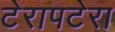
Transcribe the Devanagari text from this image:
टेरापटेरा